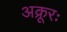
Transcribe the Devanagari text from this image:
अक्रूरः